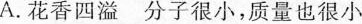
A.花香四溢 分子很小，质量也很小